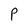
Character: P